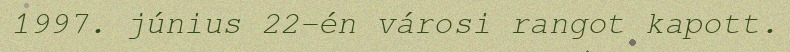
1997. június 22-én városi rangot kapott.